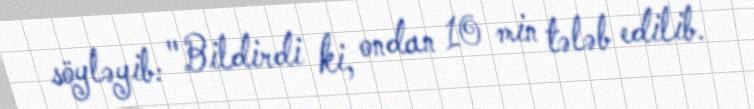
söyləyib: "Bildirdi ki, ondan 10 min tələb edilib.